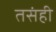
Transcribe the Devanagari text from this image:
तसंही